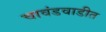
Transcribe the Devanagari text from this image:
चावंडवाडीत